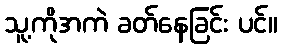
သူ့ကိုအကဲ ခတ်နေခြင်း ပင်။